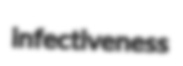
infectiveness